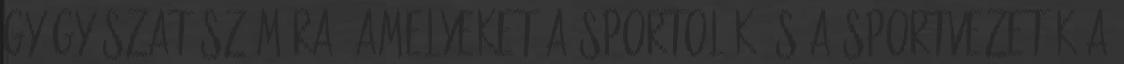
gyógyászat számára, amelyeket a sportolók és a sportvezetők a